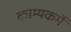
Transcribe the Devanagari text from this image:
काम्यकर्मे